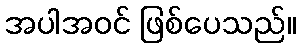
အပါအဝင် ဖြစ်ပေသည်။